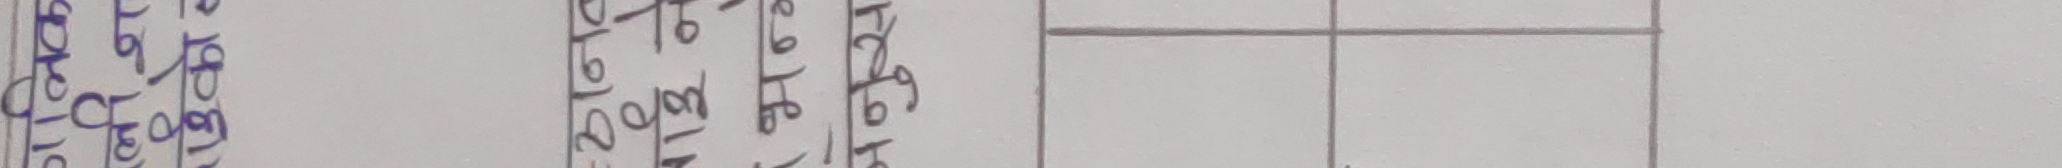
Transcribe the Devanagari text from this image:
१९३० साल भाद्र १० गते ।